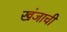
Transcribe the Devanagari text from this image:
खंजाची